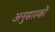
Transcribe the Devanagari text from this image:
अनुसारकों